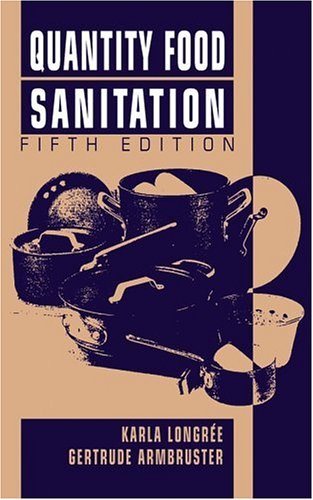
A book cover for Quantity Food Sanitation, 5th Edition; Karla LongrÃ©e; Cookbooks, Food & Wine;